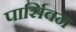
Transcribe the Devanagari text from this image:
पार्सिवन